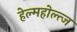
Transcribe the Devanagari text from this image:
हेल्महोल्त्ज